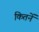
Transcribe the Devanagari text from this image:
कितनें